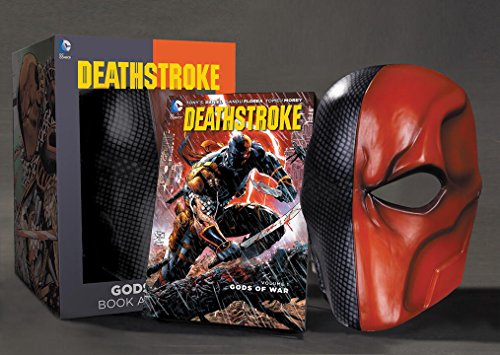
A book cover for Deathstroke Vol. 1 Book & Mask Set; Tony Daniel; Comics & Graphic Novels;